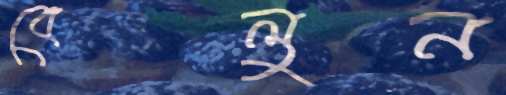
বেলুন